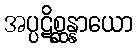
အပ္ပဋိစ္ဆန္နာယော